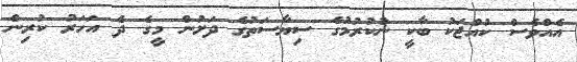
އެއްވެސް ކުއްޖަކު ބާކީ ނުކުރުމުގެ ސިޔާސަތުގެ ދަށުން މީގެ ދެ އަހަރު ކުރިން